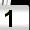
Digit: 1